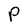
Character: P